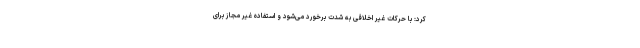
کرد: با حرکات غیر اخلاقی به شدت برخورد می‌شود و استفاده غیر مجاز برای